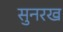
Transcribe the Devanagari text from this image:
सुनरख